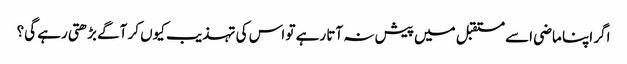
اگر اپنا ماضی اسے مستقبل میں پیش نہ آتا رہے تو اس کی تہذیب کیوں کر آگے بڑھتی رہے گی؟